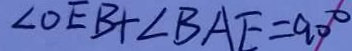
\angle O E B + \angle B A E = 9 0 ^ { \circ }